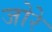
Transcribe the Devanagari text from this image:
जोरे